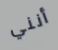
أنني